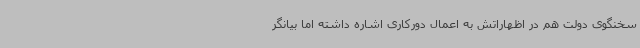
سخنگوی دولت هم در اظهاراتش به اعمال دورکاری اشاره داشته اما بیانگر